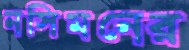
নসিমনের